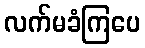
လက်မခံကြပေ